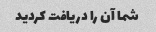
شما آن را دریافت کردید